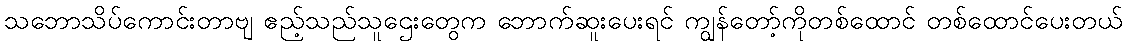
သဘောသိပ်ကောင်းတာဗျ ဧည့်သည်သူဌေးတွေက ဘောက်ဆူးပေးရင် ကျွန်တော့်ကိုတစ်ထောင် တစ်ထောင်ပေးတယ်